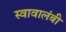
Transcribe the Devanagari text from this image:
स्वावालंबी